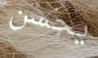
يحسن